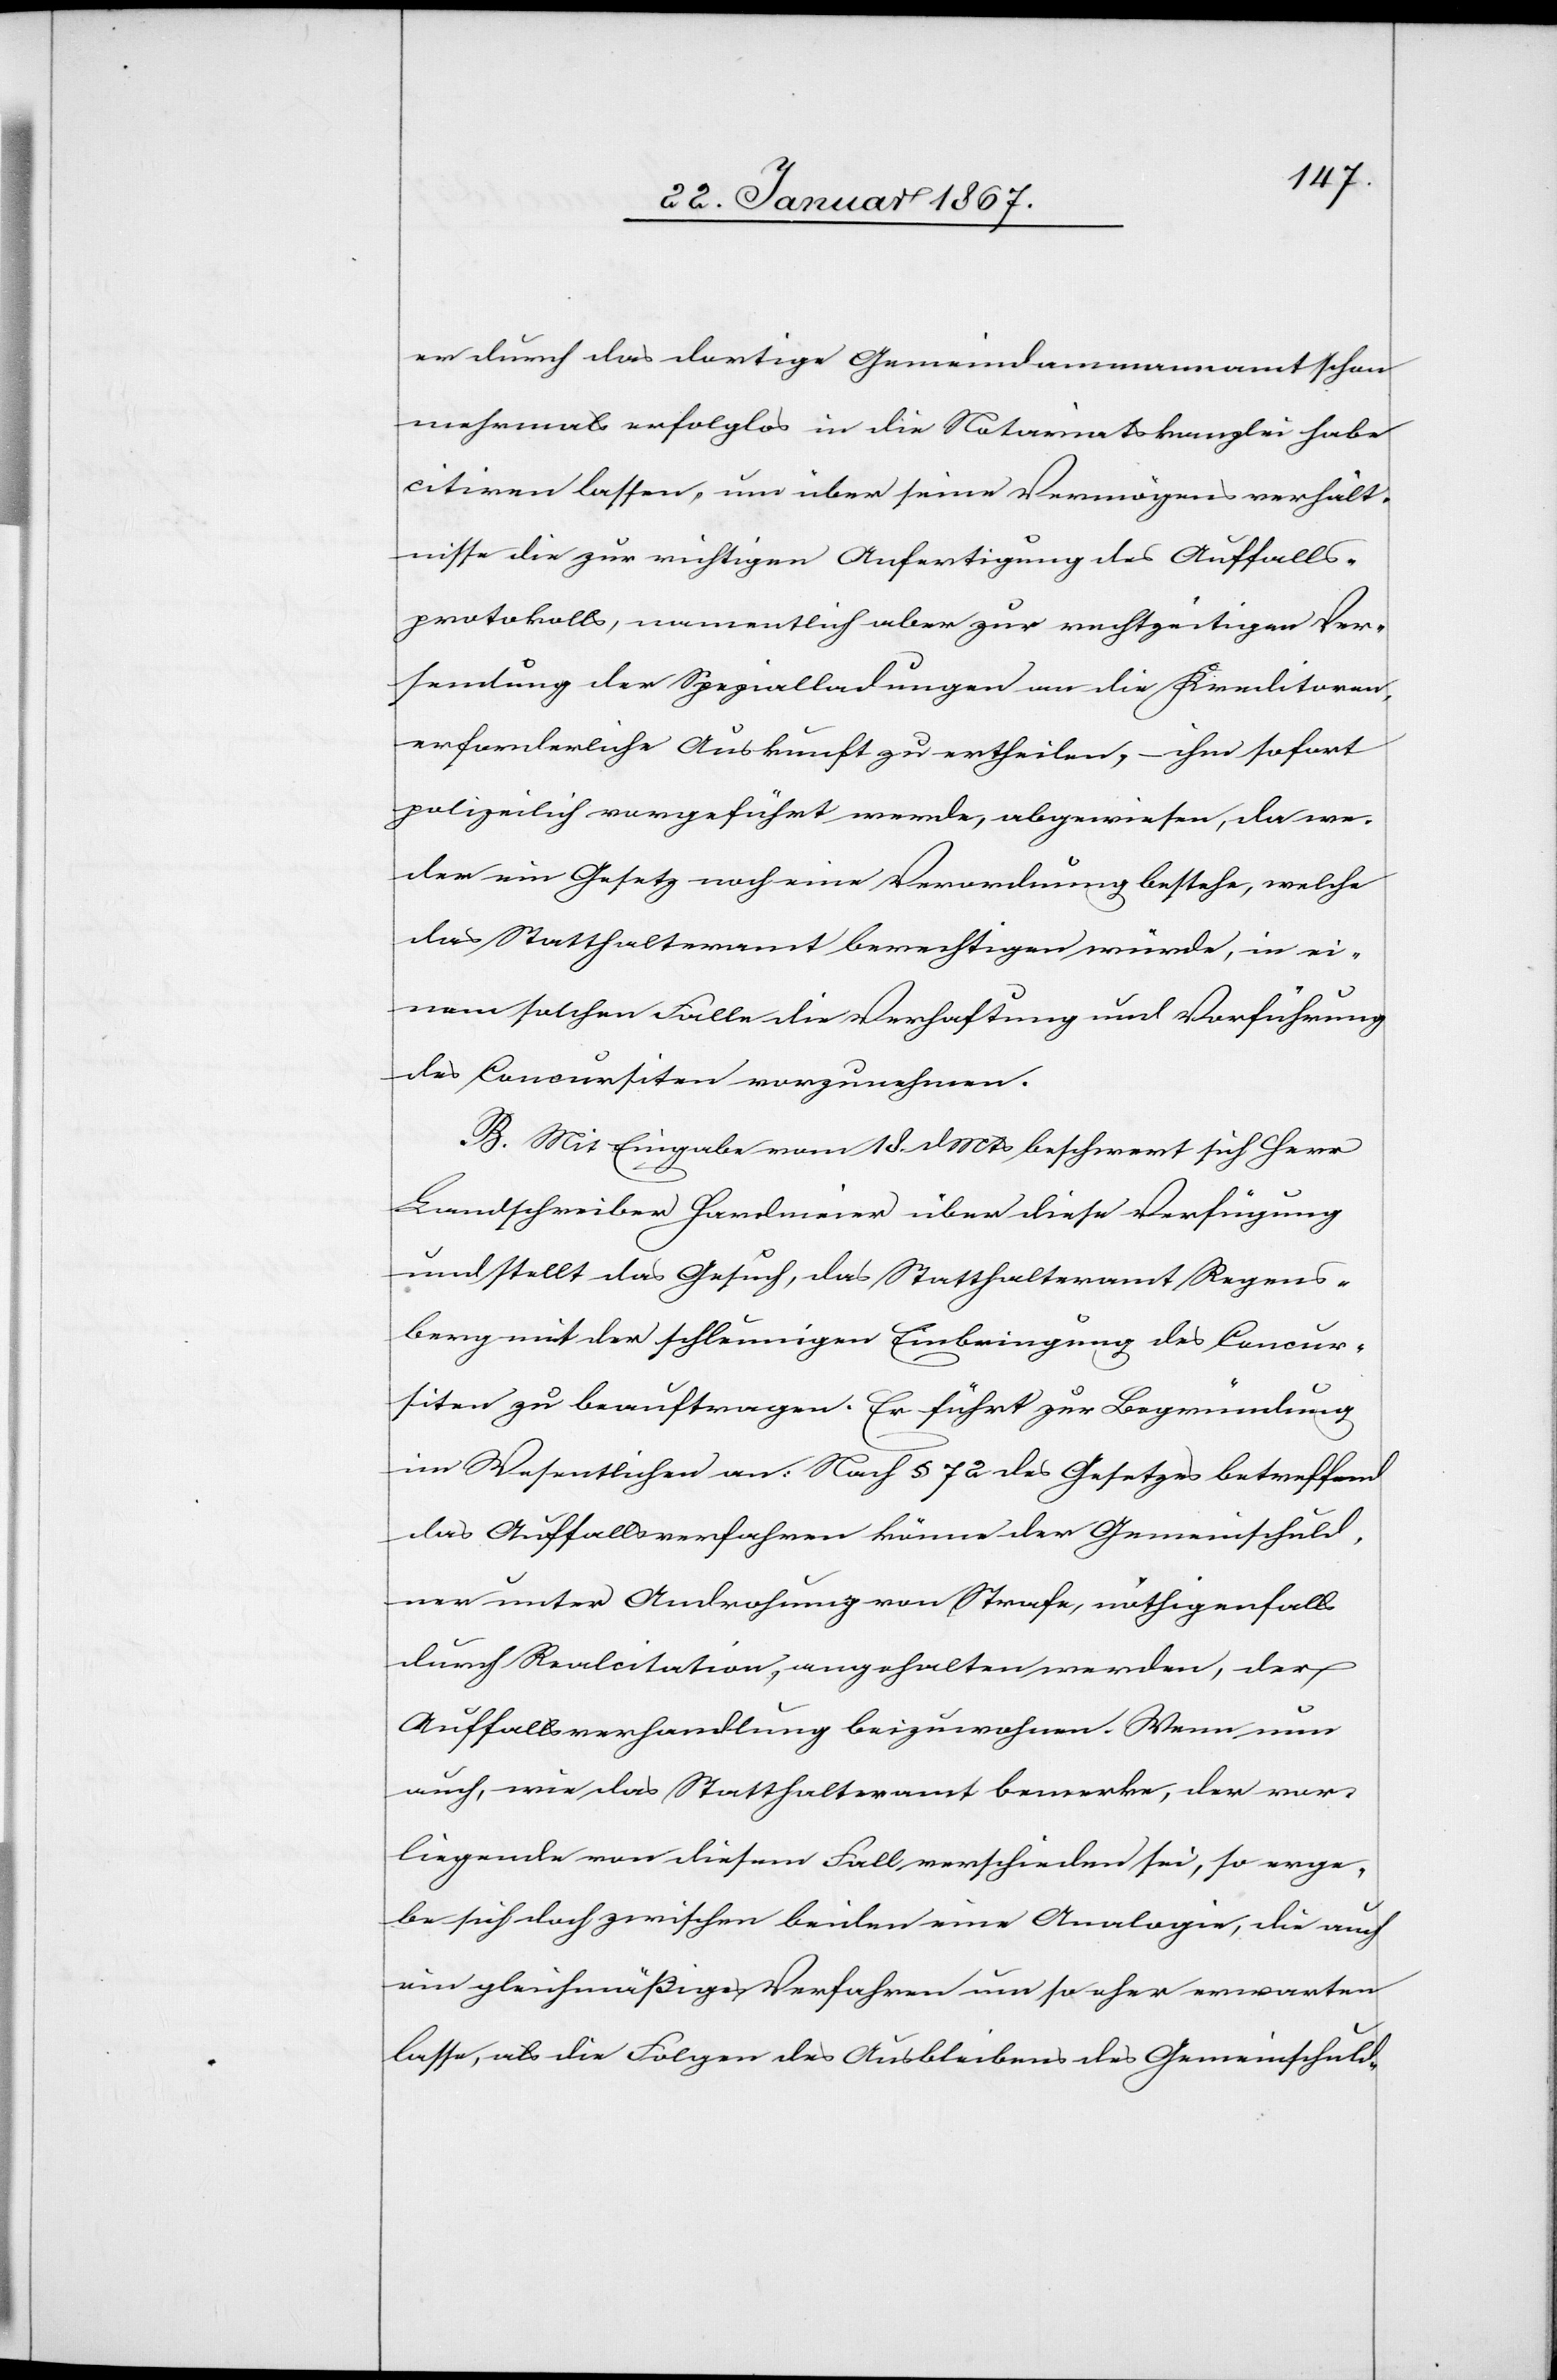
er durch das dortige Gemeindammannamt schon
mehrmals erfolglos in die Notariatskanzlei habe
citiren lassen, um über seine Vermögensverhält¬
nisse die zur richtigen Anfertigung des Auffalls¬
protokolls, namentlich aber zur rechtzeitigen Ver¬
sendung der Spezialladungen an die Kreditoren,
erforderliche Auskunft zu ertheilen, ihm sofort
polizeilich vorgeführt werde, abgewiesen, da we¬
der ein Gesetz noch eine Verordnung bestehe, welche
das Statthalteramt berechtigen würde, in ei¬
nem solchen Falle die Verhaftung und Vorführung
des Concursiten vorzunehmen.
B. Mit Eingabe vom 18. d. Mts beschwert sich Herr
Landschreiber Hardmeier über diese Verfügung
und stellt das Gesuch, das Statthalteramt Regens¬
berg mit der schleunigen Einbringung des Concur¬
siten zu beauftragen. Er führt zur Begründung
im Wesentlichen an: Nach § 72 des Gesetzes betreffend
das Auffallsverfahren könne der Gemeinschuld¬
ner unter Androhung von Strafe, nöthigenfalls
durch Realcitation, angehalten werden, der
Auffallsverhandlung beizuwohnen. Wenn nun
auch, wie das Statthalteramt bemerke, der vor¬
liegende von diesem Fall verschieden sei, so erge¬
be sich doch zwischen beiden eine Analogie, die auch
ein gleichmäßiges Verfahren um so eher erwarten
lasse, als die Folgen des Ausbleibens des Gemeinschuld-